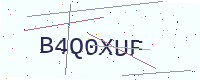
Text: B4Q0XUF